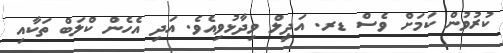
ކުރުވުން ކަމަށް ވެސް ޑރ. އަދީލް ވިދާޅުވިއެވެ. އަދި އެހެން ކްލަބް ތަކާއި